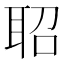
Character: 𬚖